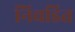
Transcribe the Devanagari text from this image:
निवडित